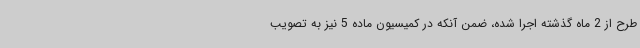
طرح از 2 ماه گذشته اجرا شده، ضمن آنکه در کمیسیون ماده 5 نیز به تصویب